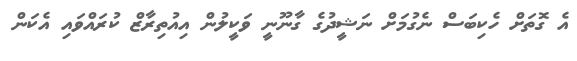
އެ ގޮތަށް ހެކިބަސް ނެގުމަށް ނަޝީދުގެ ގާނޫނީ ވަކީލުން އިއުތިރާޒް ކުރައްވައި އެކަން